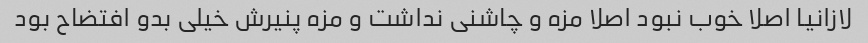
لازانیا اصلا خوب نبود اصلا مزه و چاشنی نداشت و مزه پنیرش خیلی بدو افتضاح بود